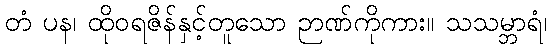
တံ ပန၊ ထိုဝရဇိန်နှင့်တူသော ဉာဏ်ကိုကား။ သသမ္ဘာရံ၊